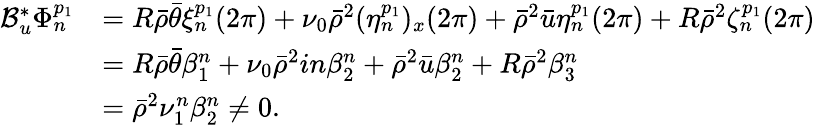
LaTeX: \begin{array}{rl}{\mathcal{B}_{u}^{*}\Phi_{n}^{p_{1}}}&{=R\bar{\rho}\bar{\theta}\xi_{n}^{p_{1}}(2\pi)+\nu_{0}\bar{\rho}^{2}(\eta_{n}^{p_{1}})_{x}(2\pi)+\bar{\rho}^{2}\bar{u}\eta_{n}^{p_{1}}(2\pi)+R\bar{\rho}^{2}\zeta_{n}^{p_{1}}(2\pi)}\\ &{=R\bar{\rho}\bar{\theta}\beta_{1}^{n}+\nu_{0}\bar{\rho}^{2}in\beta_{2}^{n}+\bar{\rho}^{2}\bar{u}\beta_{2}^{n}+R\bar{\rho}^{2}\beta_{3}^{n}}\\ &{=\bar{\rho}^{2}\nu_{1}^{n}\beta_{2}^{n}\neq 0.}\end{array}